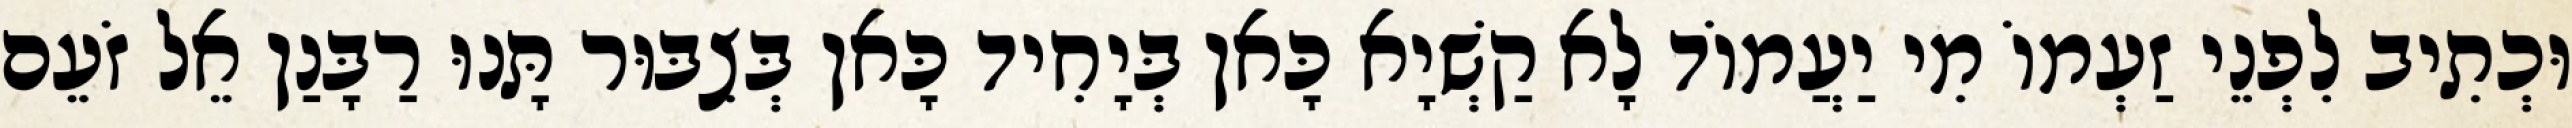
וּכְתִיב לִפְנֵי זַעְמוֹ מִי יַעֲמוֹד לָא קַשְׁיָא כָּאן בְּיָחִיד כָּאן בְּצִבּוּר תָּנוּ רַבָּנַן אֵל זֹעֵם